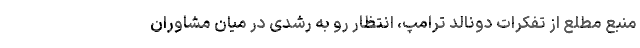
منبع مطلع از تفکرات دونالد ترامپ، انتظار رو به رشدی در میان مشاوران